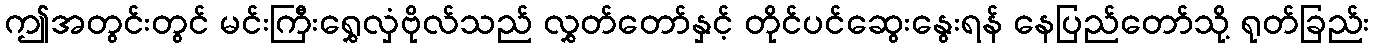
ဤအတွင်းတွင် မင်းကြီးရွှေလှံဗိုလ်သည် လွှတ်တော်နှင့် တိုင်ပင်ဆွေးနွေးရန် နေပြည်တော်သို့ ရုတ်ခြည်း